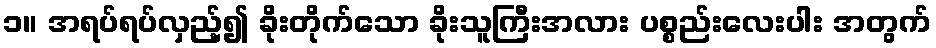
၁။ အရပ်ရပ်လှည့်၍ ခိုးတိုက်သော ခိုးသူကြီးအလား ပစ္စည်းလေးပါး အတွက်